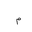
Letter: _mim